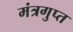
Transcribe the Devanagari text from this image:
मंत्रगुप्त